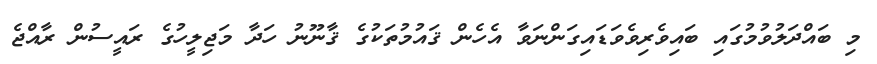
މި ބައްދަލުވުމުގައި ބައިވެރިވެވަޑައިގަންނަވާ އެހެން ޤައުމުތަކުގެ ޤާނޫނު ހަދާ މަޖިލީހުގެ ރައީސުން ރާއްޖެ